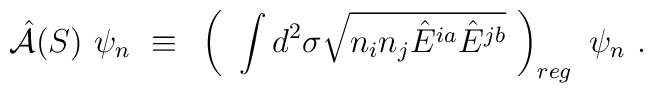
{\hat {\cal A}}(S)~\psi_n~\equiv~ \left( ~\int d^2 \sigma \sqrt{n_i n_j {\hat E}^{ia} {\hat E}^{jb}}~ \right)_{reg}~ \psi_n~.